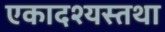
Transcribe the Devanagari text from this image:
एकादश्यस्तथा